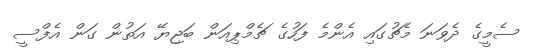
ސެމީގެ ދެވަނަ މެޗުގައި އެންމެ ފަހުގެ ޗެމްޕިއަން ބަޖިޔޭ އަތުން ގަން އެފްސީ